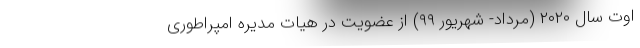
اوت سال ۲۰۲۰ (مرداد- شهریور ۹۹) از عضویت در هیات مدیره امپراطوری